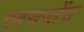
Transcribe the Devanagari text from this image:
एक्सप्लेंस